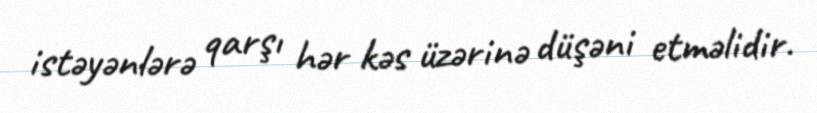
istəyənlərə qarşı hər kəs üzərinə düşəni etməlidir.